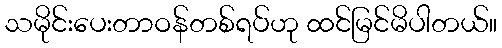
သမိုင်းပေးတာဝန်တစ်ရပ်ဟု ထင်မြင်မိပါတယ်။